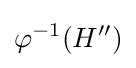
\varphi ^{-1}(H'')